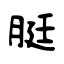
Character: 脡